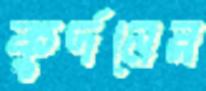
কুর্দনের